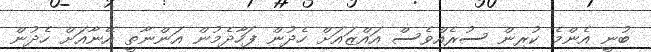
ބުނީ އެންމެ ކުރިން ސުރެއްވެސް އައްޒައަށް ހެދުން ފަހާދެމުން އަންނާތީ އޭނާއަށް ހެދުން